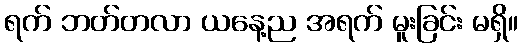
ရက် ဘတ်တလာ ယနေ့ည အရက် မူးခြင်း မရှိ။